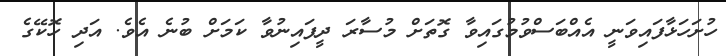
ހުށަހަޅާފައިވަނީ އެއްބަސްވުމުގައިވާ ގޮތަށް މުސާރަ ދީފައިނުވާ ކަމަށް ބުނެ އެވެ. އަދި ހޮކޭގެ